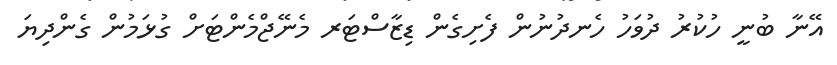
އޭނާ ބުނީ ހުކުރު ދުވަހު ހެނދުނުން ފެށިގެން ޑިޒާސްޓަރ މެނޭޖްމެންޓަށް ގުޅަމުން ގެންދިޔަ